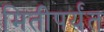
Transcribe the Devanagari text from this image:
मितीपर्यंत